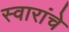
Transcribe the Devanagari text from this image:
स्वारांचे